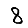
Digit: 8